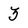
Character: 3